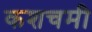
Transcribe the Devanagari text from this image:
कशचमी